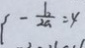
- \frac { b } { 2 a } = 4